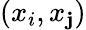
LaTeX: (x_{i},x_{\mathbf{j}})